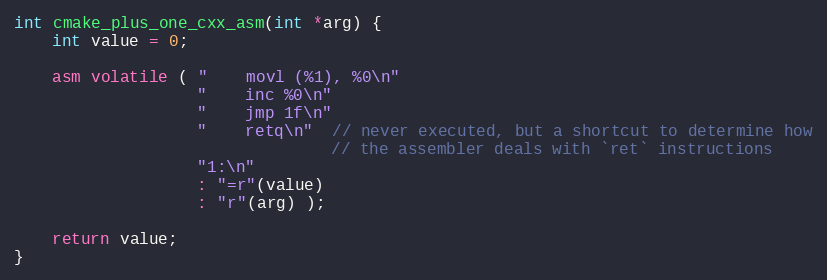
Language: C++
int cmake_plus_one_cxx_asm(int *arg) {
    int value = 0;

    asm volatile ( "    movl (%1), %0\n"
                   "    inc %0\n"
                   "    jmp 1f\n"
                   "    retq\n"  // never executed, but a shortcut to determine how
                                 // the assembler deals with `ret` instructions
                   "1:\n"
                   : "=r"(value)
                   : "r"(arg) );

    return value;
}